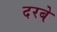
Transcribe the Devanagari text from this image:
दरबे